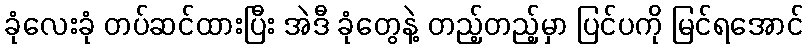
ခုံလေးခုံ တပ်ဆင်ထားပြီး အဲဒီ ခုံတွေနဲ့ တည့်တည့်မှာ ပြင်ပကို မြင်ရအောင်